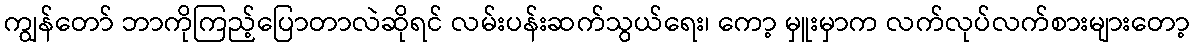
ကျွန်တော် ဘာကိုကြည့်ပြောတာလဲဆိုရင် လမ်းပန်းဆက်သွယ်ရေး၊ ကော့ မှူးမှာက လက်လုပ်လက်စားများတော့